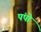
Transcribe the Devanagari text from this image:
पंपो